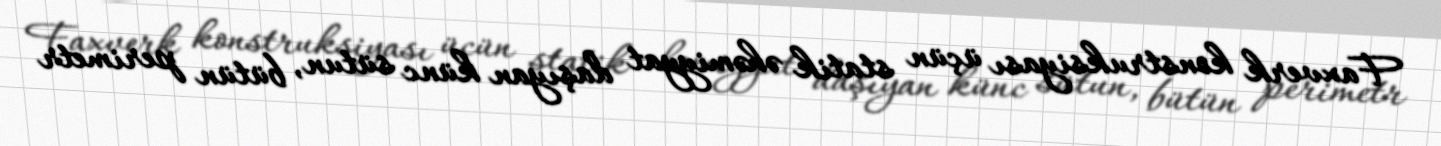
Faxverk konstruksiyası üçün statik əhəmiyyat daşıyan künc sütun, bütün perimetr